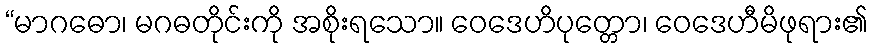
“မာဂဓော၊ မဂဓတိုင်းကို အစိုးရသော။ ဝေဒေဟိပုတ္တော၊ ဝေဒေဟီမိဖုရား၏